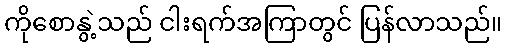
ကိုစောနွဲ့သည် ငါးရက်အကြာတွင် ပြန်လာသည်။